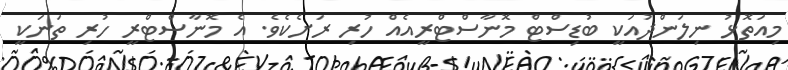
މިއަތޮޅު ނިލަންދުއަކީ ބުޑިސްޓް މޮނާސްޓްރީއެއް ހުރި ރަށެކެވެ. އެ މޮނާސްޓްރީ ހުރި ތަނަކީ